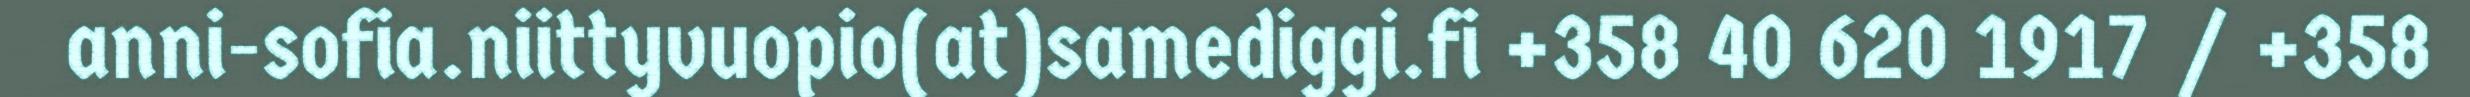
anni-sofia.niittyvuopio(at)samediggi.fi +358 40 620 1917 / +358